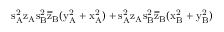
\mathrm { s _ { A } ^ { 2 } \mathrm { z _ { A } \mathrm { s _ { B } ^ { 2 } \mathrm { \overline { { z } } _ { B } ( \mathrm { y _ { A } ^ { 2 } + \mathrm { x _ { A } ^ { 2 } ) + \mathrm { s _ { A } ^ { 2 } \mathrm { z _ { A } \mathrm { s _ { B } ^ { 2 } \mathrm { \overline { { z } } _ { B } ( \mathrm { x _ { B } ^ { 2 } + \mathrm { y _ { B } ^ { 2 } ) } } } } } } } } } } } }